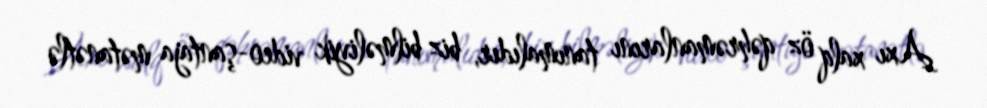
Axı xalq öz qəhrəmanlarını tanımalıdır, biz bilməliyik video-şantaja mətanətlə